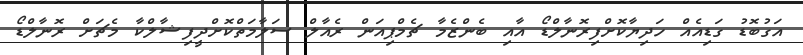
އަގުބޮޑު ގަޑިއެއް ހަދިޔާކޮށްފިރޮނާލްޑޯ އާއި ބެންޒެމާ ޗެމްޕިއަން ރެއާލް ސަލާމަތްކޮށްދީފިޝާލްކާ މެޗަށް ރޮނާލްޑޯ